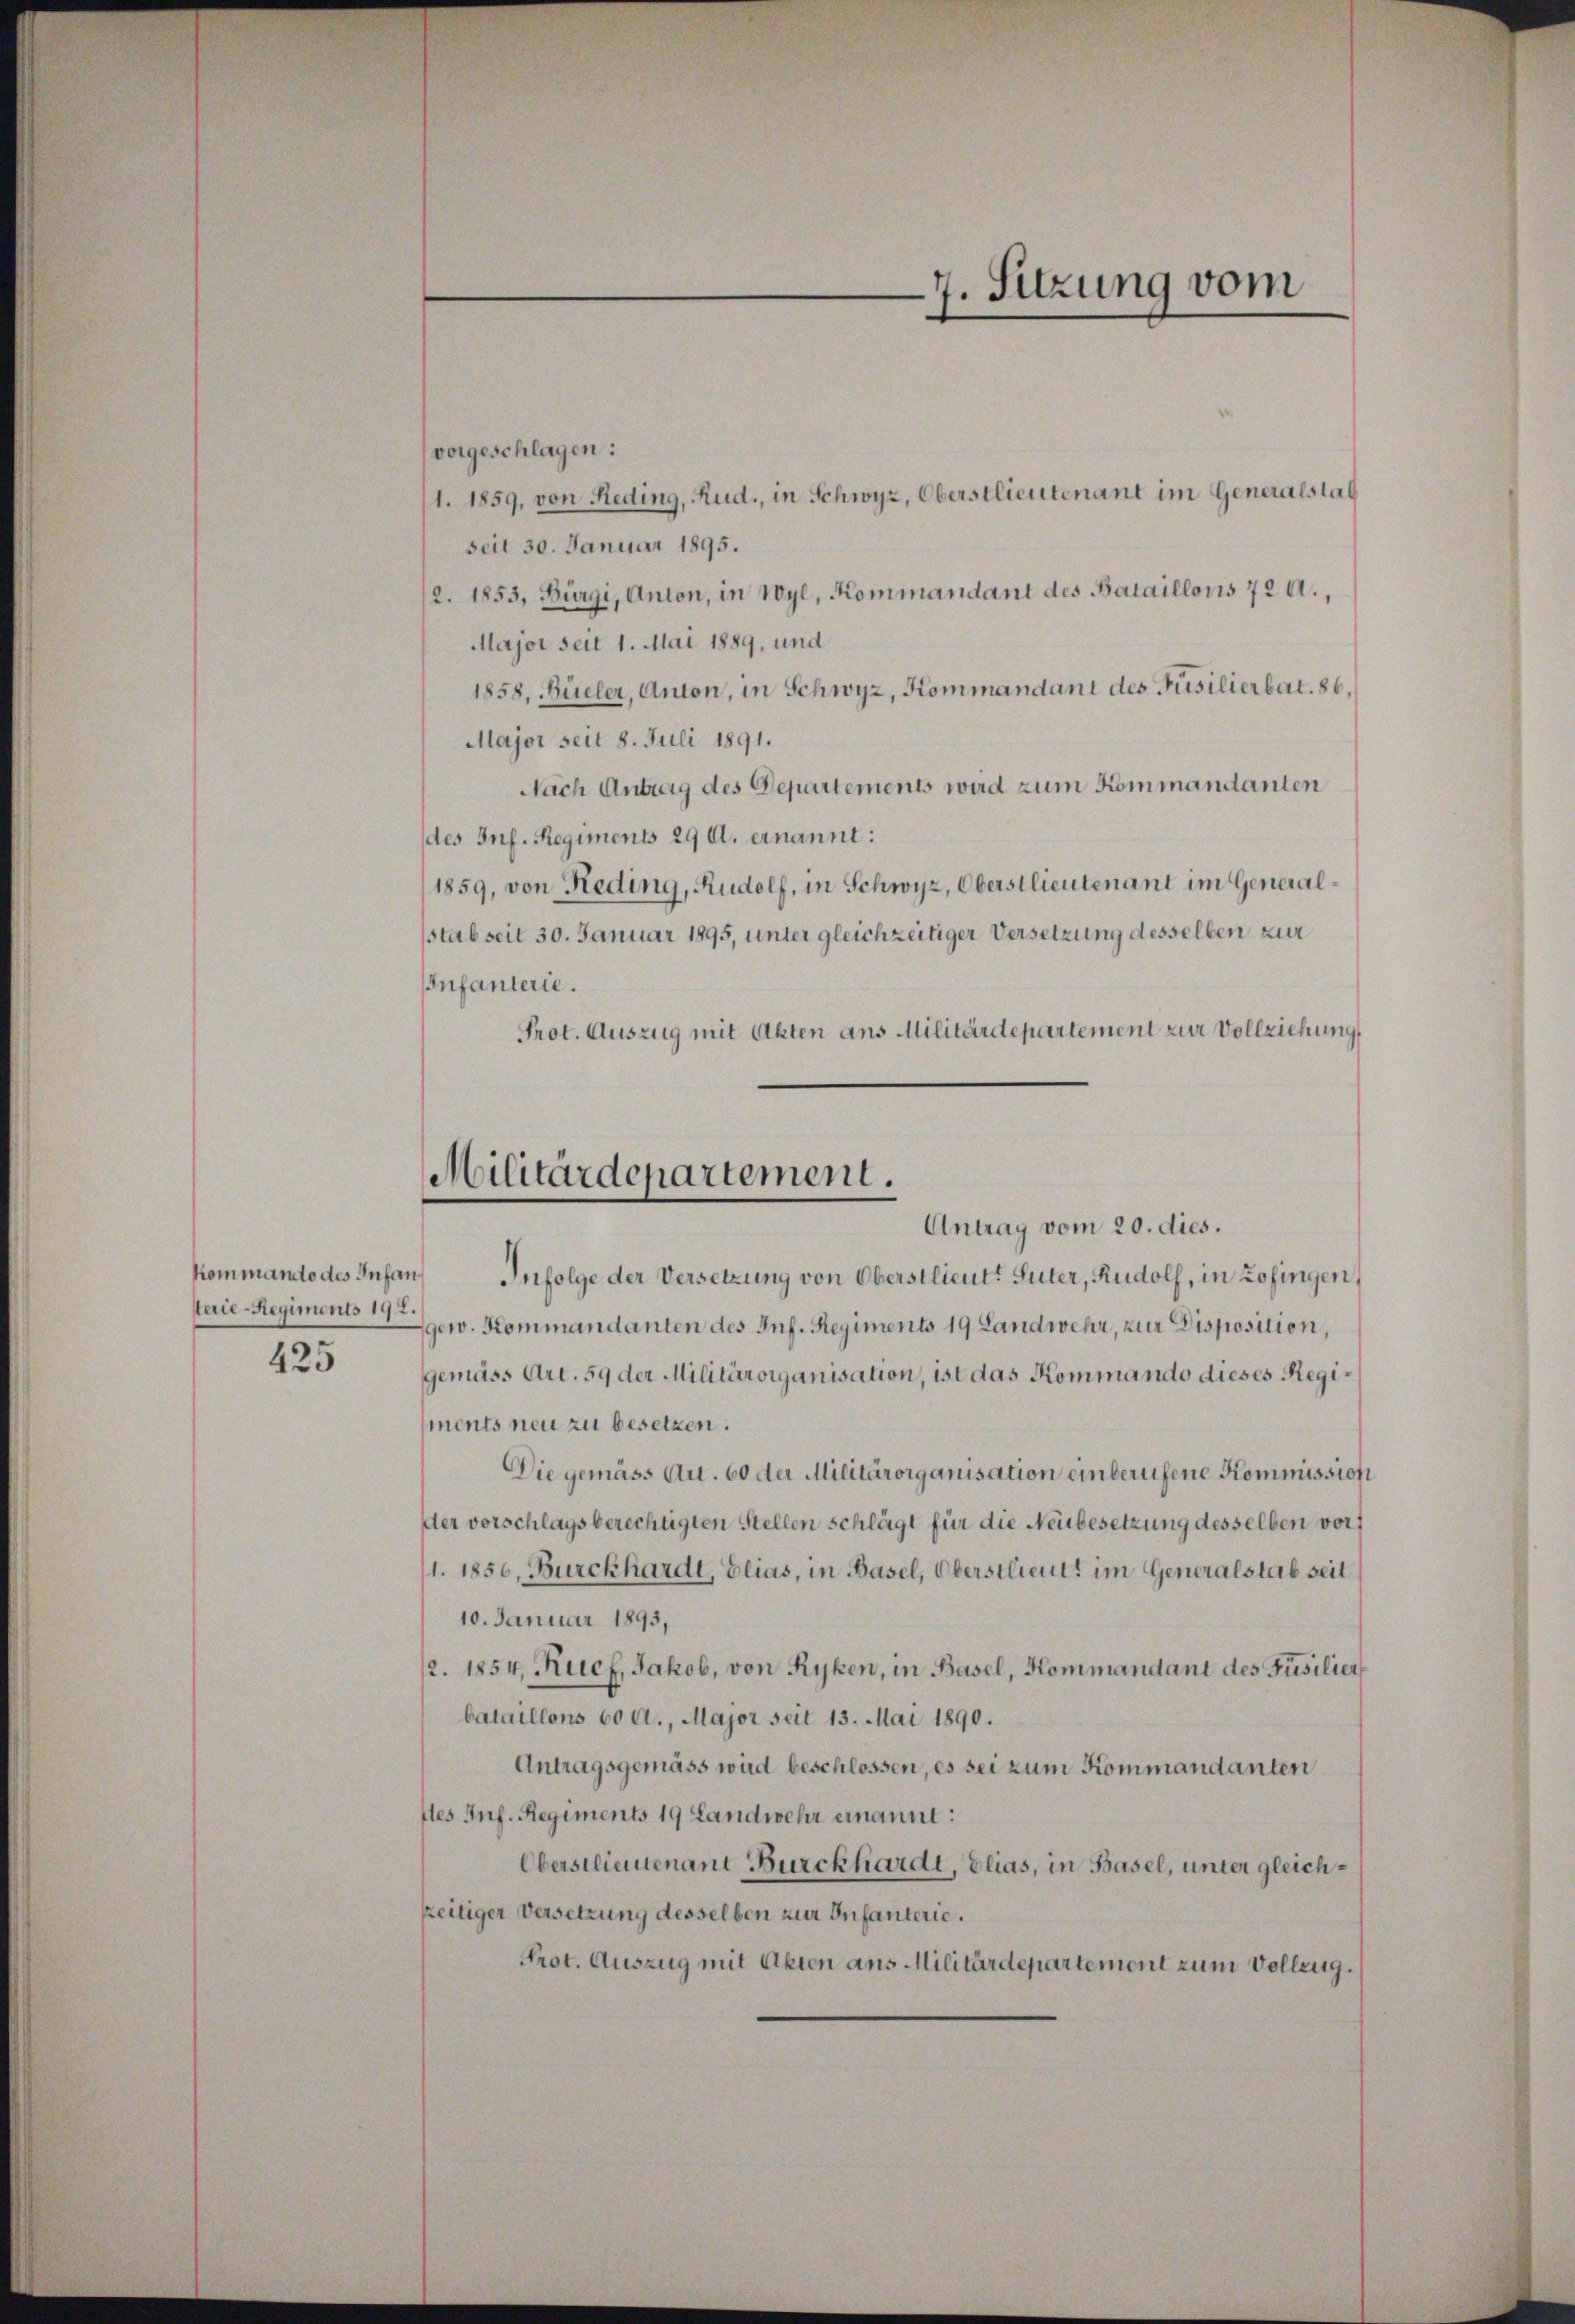
terie-Regiments 194.
425

7. Sitzung vom

vorgeschlagen:
1. 1859, von Reding, Rud., in Schwyz, Oberstlieutenant im Generalstab
seit 30. Januar 1895.
2. 1853, Bürgi, Anton, in Wyl, Kommandant des Bataillons 72 A.,
Major seit 1. Mai 1889, und
1858, Büeler, Anton, in Schwyz, Kommandant des Füsilierbat. 86.
Major seit 8. Juli 1891.
Nach Antrag des Departements wird zum Kommandanten
des Inf. Regiment 29 d. ernannt:
1859, von Reding, Rudolf, in Schwyz, Oberstlieutenant im Generalsstab seit 30. Januar 1895, unter gleichzeitiger Versetzung desselben zur
Infanterie.
Prot. Auszug mit Akten ans Militärdepartement zur Vollziehung

Militärdepartement.
Antrag vom 20. dies.

kommando des Infan Infolge der Versetzung von Oberstlieutt Suter, Rudolf, in Zofingen,
gew. Kommandanten des Inf. Regiments 19 Landwehr, zur Disposition,
gemäss Art. 59 der Militärorganisation, ist das Kommando dieses Regiments neu zu besetzen.
Die gemäss Au. 60 der Militärorganisation einberufene Kommission
der vorschlagsberechtigten Stellen schlägt für die Neubesetzung desselben vor
/1. 1856. Burckhardt, Elias, in Basel, Oberstlieutt im Generalstab seit
10. Januar 1893,
2. 1854, Ruef, Jakob, von Ryken, in Basel, Kommandant des Füsilier
bataillons 60 A., Major seit 13. Mai 1890.
Antragsgemäss wird beschlossen, es sei zum Kommandanten
tes Inf. Regiments 19 Landwehr einannt:
Oberstlieutenant Burckhardt, Elias, in Basel, unter gleichzeitiger Versetzung desselben zur Infanterie.
Prot. Auszug mit Akten aus Militärdepartement zum Vollzug.